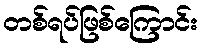
တစ်ရပ်ဖြစ်ကြောင်း